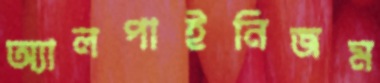
অ্যালপাইনিজম